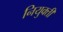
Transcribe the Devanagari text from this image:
नियुक्‍ती